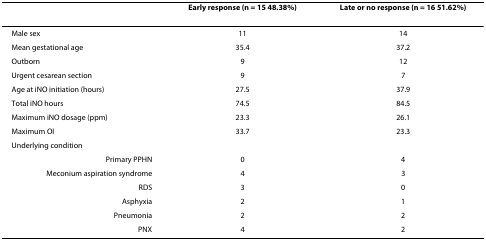
|  | Early response (n = 15 48.38%) | Late or no response (n = 16 51.62%) |
 | --- | --- | --- |
 | Male sex | 11 | 14 |
 | Mean gestational age | 35.4 | 37.2 |
 | Outborn | 9 | 12 |
 | Urgent cesarean section | 9 | 7 |
 | Age at iNO initiation (hours) | 27.5 | 37.9 |
 | Total iNO hours | 74.5 | 84.5 |
 | Maximum iNO dosage (ppm) | 23.3 | 26.1 |
 | Maximum OI | 33.7 | 23.3 |
 | Underlying condition |  |  |
 | Primary PPHN | 0 | 4 |
 | Meconium aspiration syndrome | 4 | 3 |
 | RDS | 3 | 0 |
 | Asphyxia | 2 | 1 |
 | Pneumonia | 2 | 2 |
 | PNX | 4 | 2 |